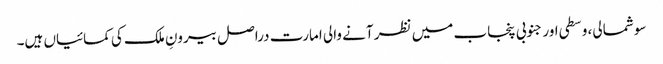
سو شمالی، وسطی اور جنوبی پنجاب میں نظر آنے والی امارت دراصل بیرونِ ملک کی کمائیاں ہیں۔